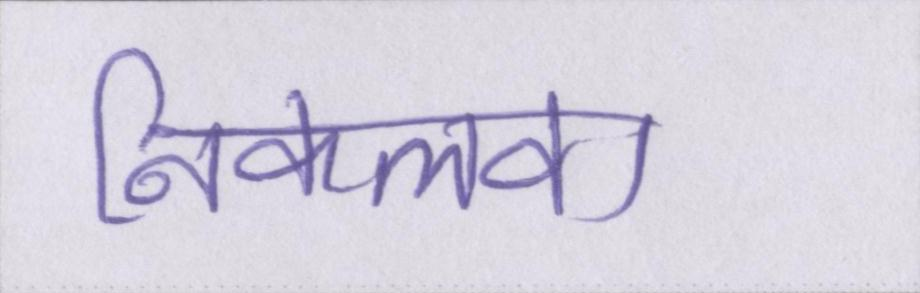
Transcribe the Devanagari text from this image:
निकलवा